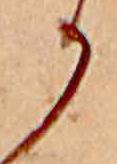
か